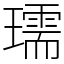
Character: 瓀